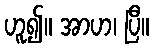
ဟူ၍။ အာဟ၊ ပြီ။